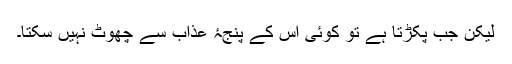
لیکن جب پکڑتا ہے تو کوئی اس کے پنجۂ عذاب سے چھوٹ نہیں سکتا۔